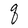
Character: q